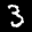
Label: 3